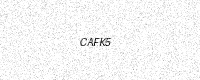
Text: CAFK5